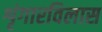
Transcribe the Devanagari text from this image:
शृंगारविलास